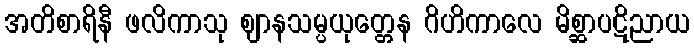
အတိစာရိနီ ဖလိကာသု ဈာနသမ္ပယုတ္တေန ဂိဟိကာလေ မိစ္ဆာပဋိညာယ